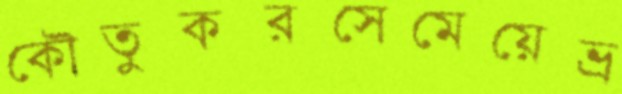
কৌতুকরসেমেয়েভ্র